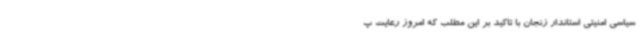
سیاسی امنیتی استاندار زنجان با تاکید بر این مطلب که امروز رعایت پ